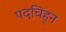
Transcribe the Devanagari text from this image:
पदचिह्‌न